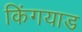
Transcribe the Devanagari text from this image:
किंगयाड